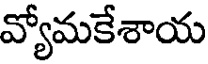
వ్యోమకేశాయ